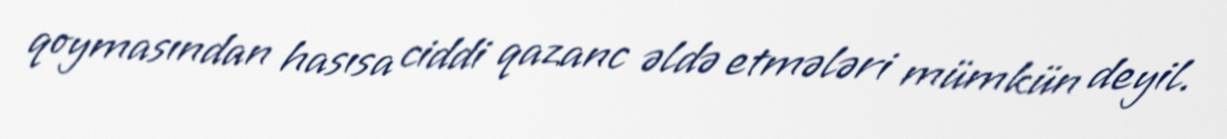
qoymasından hasısa ciddi qazanc əldə etmələri mümkün deyil.